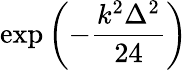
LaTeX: \exp\left({-\frac{k^{2}\Delta^{2}}{24}}\right)